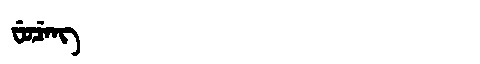
Manchu: ᠸᡠᠴᡝᠩ
Romanization: FUCENG